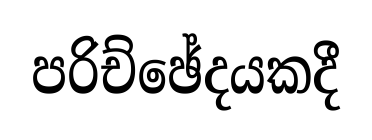
පරිච්ඡේදයකදී